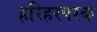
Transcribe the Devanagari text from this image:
हरिहरपरक